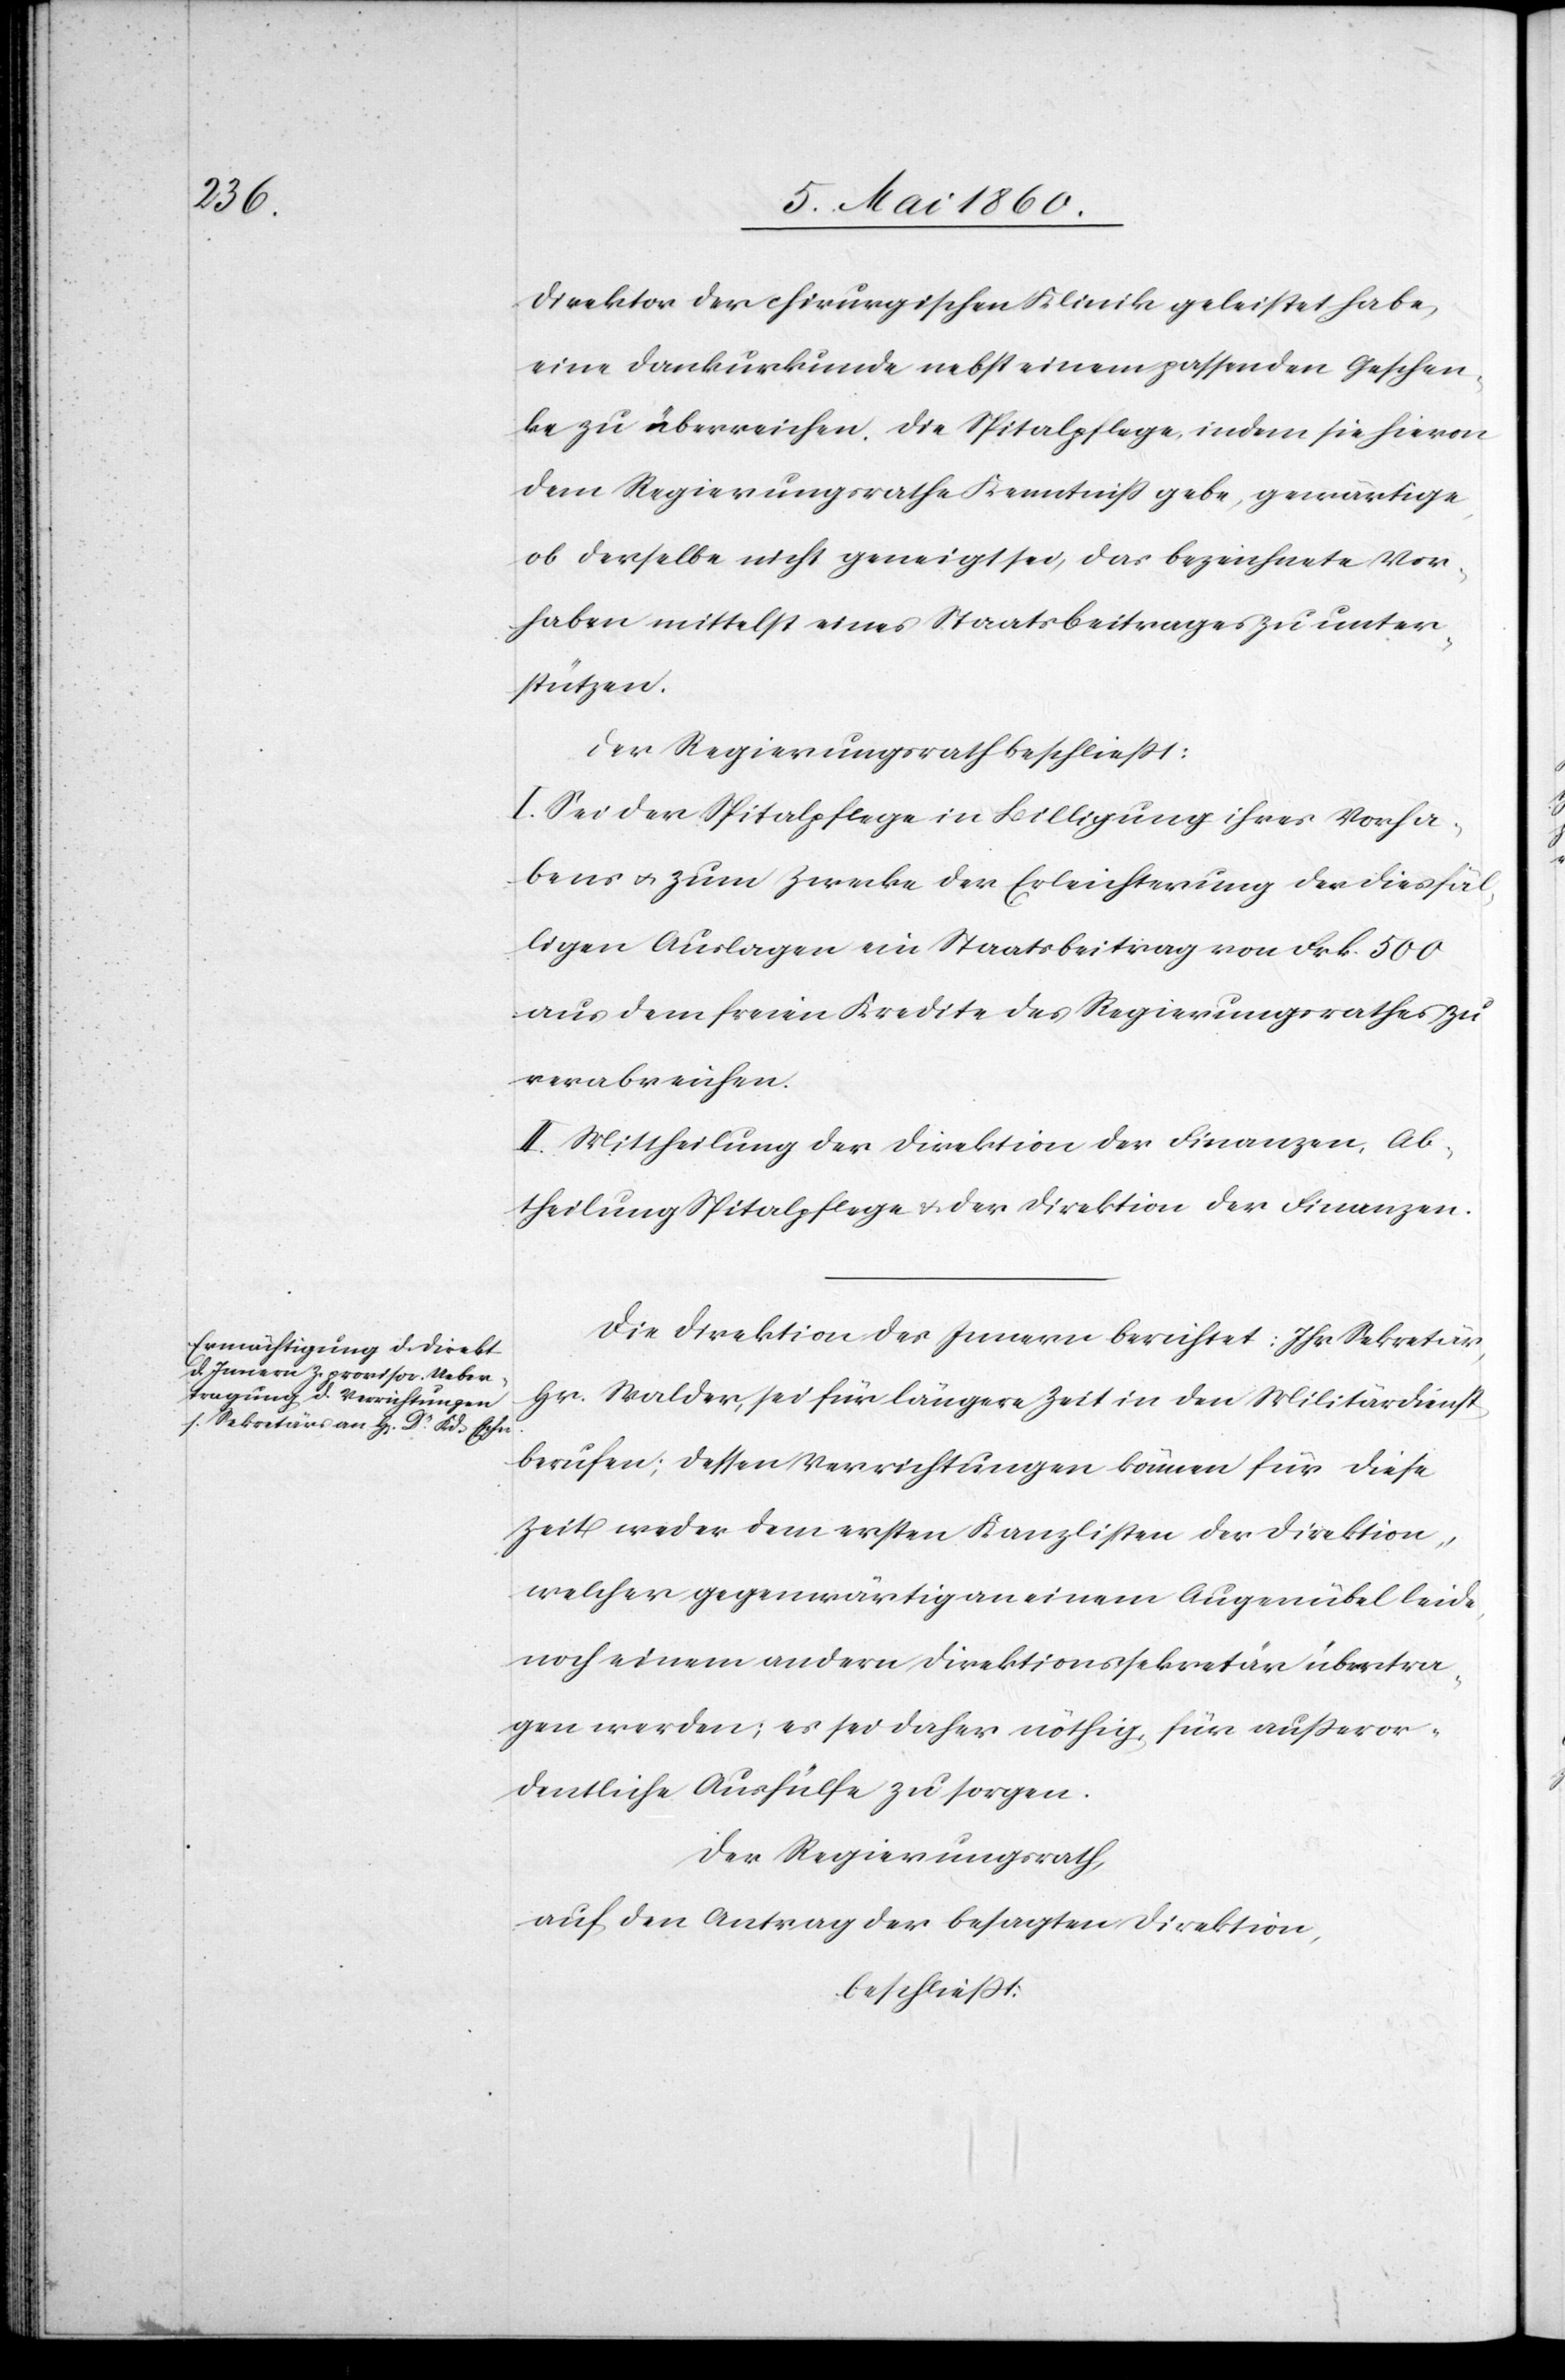
Direktor der chirurgischen Klinik geleistet habe,
eine Dankurkunde nebst einem passenden Geschen¬
ke zu überreichen, die Spitalpflege, indem sie hievon
dem Regierungsrathe Kenntniss gebe, gewärtige,
ob derselbe nicht geneigt sei, das bezeichnete Vor¬
haben mittelst eines Staatsbeitrages zu unter¬
stützen.
Der Regierungsrath beschliesst:
I. Sei der Spitalpflege in Billigung ihres Vorha¬
bens u. zum Zwecke der Erleichterung der diesfäl¬
ligen Auslagen ein Staatsbeitrag von Frk. 500
aus dem freien Kredite des Regierungsrathes zu
verabreichen.
II. Mittheilung der Direktion der Finanzen, Ab¬
theilung Spitalpflege u. der Direktion der Finanzen.
Die Direktion des Innern berichtet: Ihr Sekretär,
Hr. Walder, sei für längere Zeit in den Militärdienst
berufen; dessen Verrichtungen können für diese
Zeit weder dem ersten Kanzlisten der Direktion,
welcher gegenwärtig an einem Augenübel leide,
noch einem andern Direktionssekretär übertra¬
gen werden; es sei daher nöthig, für ausseror¬
dentliche Auskünfte zu sorgen.
Der Regierungsrath,
auf den Antrag der besagten Direktion,
beschliesst: